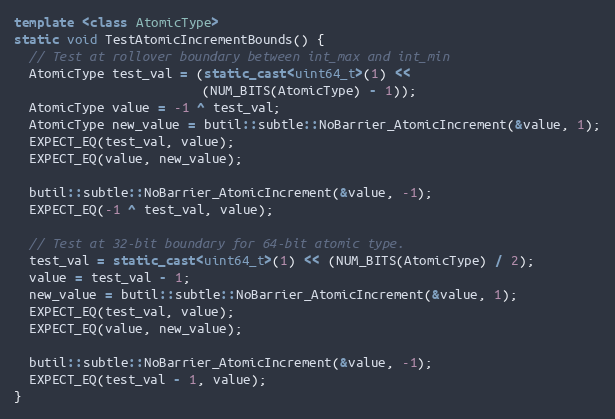
Language: C++
template <class AtomicType>
static void TestAtomicIncrementBounds() {
  // Test at rollover boundary between int_max and int_min
  AtomicType test_val = (static_cast<uint64_t>(1) <<
                         (NUM_BITS(AtomicType) - 1));
  AtomicType value = -1 ^ test_val;
  AtomicType new_value = butil::subtle::NoBarrier_AtomicIncrement(&value, 1);
  EXPECT_EQ(test_val, value);
  EXPECT_EQ(value, new_value);

  butil::subtle::NoBarrier_AtomicIncrement(&value, -1);
  EXPECT_EQ(-1 ^ test_val, value);

  // Test at 32-bit boundary for 64-bit atomic type.
  test_val = static_cast<uint64_t>(1) << (NUM_BITS(AtomicType) / 2);
  value = test_val - 1;
  new_value = butil::subtle::NoBarrier_AtomicIncrement(&value, 1);
  EXPECT_EQ(test_val, value);
  EXPECT_EQ(value, new_value);

  butil::subtle::NoBarrier_AtomicIncrement(&value, -1);
  EXPECT_EQ(test_val - 1, value);
}